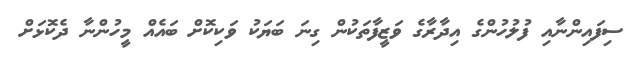
ސިފައިންނާއި ފުލުހުންގެ އިދާރާގެ ވަޒީފާތަކުން ގިނަ ބަޔަކު ވަކިކޮށް ބައެއް މީހުންނާ ދެކޮޅަށް